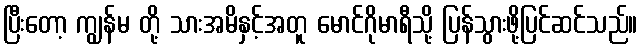
ပြီးတော့ ကျွန်မ တို့ သားအမိနှင့်အတူ မောင်ဂိုမာရီသို့ ပြန်သွားဖို့ပြင်ဆင်သည်။